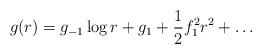
LaTeX: \begin{align*}g(r)= g_{-1} \log r + g_1 + \frac{1}{2} f_1^2 r^2 + \ldots\end{align*}